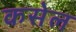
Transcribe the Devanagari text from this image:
कसेल